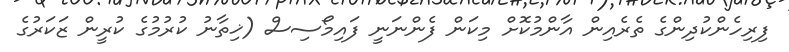
ފިރިހެންކުދިންގެ ތެރެއިން އާންމުކޮށް މިކަން ފެންނަނީ ފައިމޯސިސް (ޚިތާނު ކުރުމުގެ ކުރީން ޒަކަރުގެ